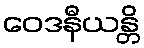
ဝေဒနီယန္တိ